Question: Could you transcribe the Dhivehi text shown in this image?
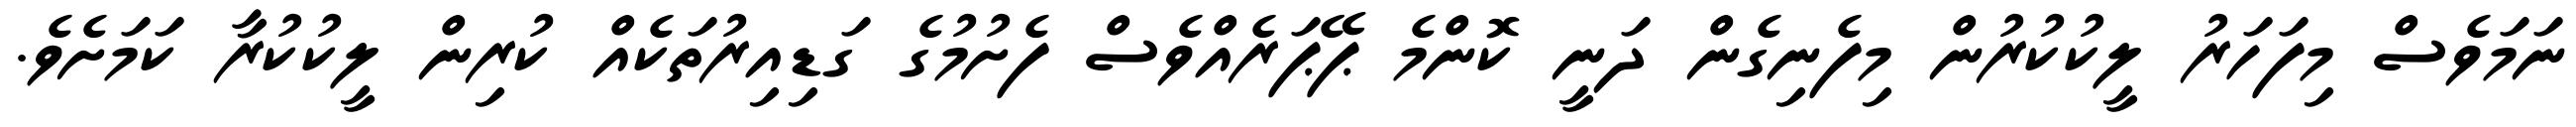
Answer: ނަމަވެސް މިފަހަރު ލީކުކުރުން މިފެނިގެން ދަނީ ކޮންމެ ޕޭޕަރެއްވެސް ފެށުމުގެ ގަޑިއިރުތަކެއް ކުރިން ލީކުކުރާ ކަމަށެވެ.